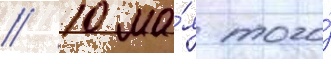
// 10 ма́я того́